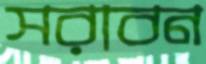
সরাবন